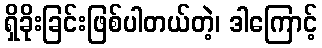
ရှိခိုးခြင်းဖြစ်ပါတယ်တဲ့၊ ဒါကြောင့်